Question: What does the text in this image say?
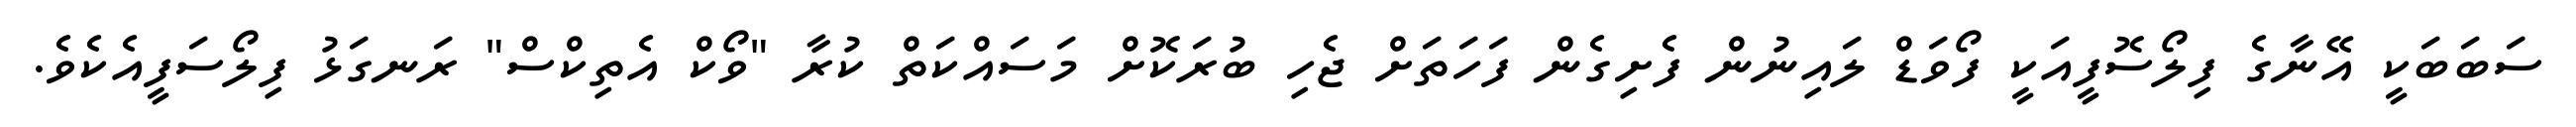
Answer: ސަބަބަކީ އޭނާގެ ފިލޯސޮފީއަކީ ފޯވަޑް ލައިނުން ފެށިގެން ފަހަތަށް ޖެހި ބުރަކޮށް މަސައްކަތް ކުރާ "ވޯކް އެތިކްސް" ރަނގަޅު ފިލޯސަފީއެކެވެ.